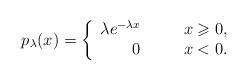
LaTeX: \begin{align*}p_\lambda(x) = \left\{ \begin{array}{r c l} \lambda e^{-\lambda x} & &x \geqslant 0,\\ 0 & \phantom{if}& x < 0.\end{array}\right.\end{align*}